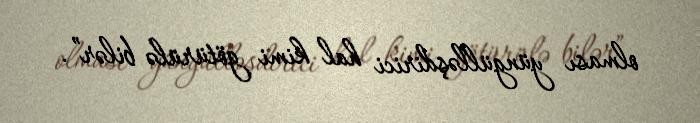
olması yüngülləşdirici hal kimi götürülə bilər”.